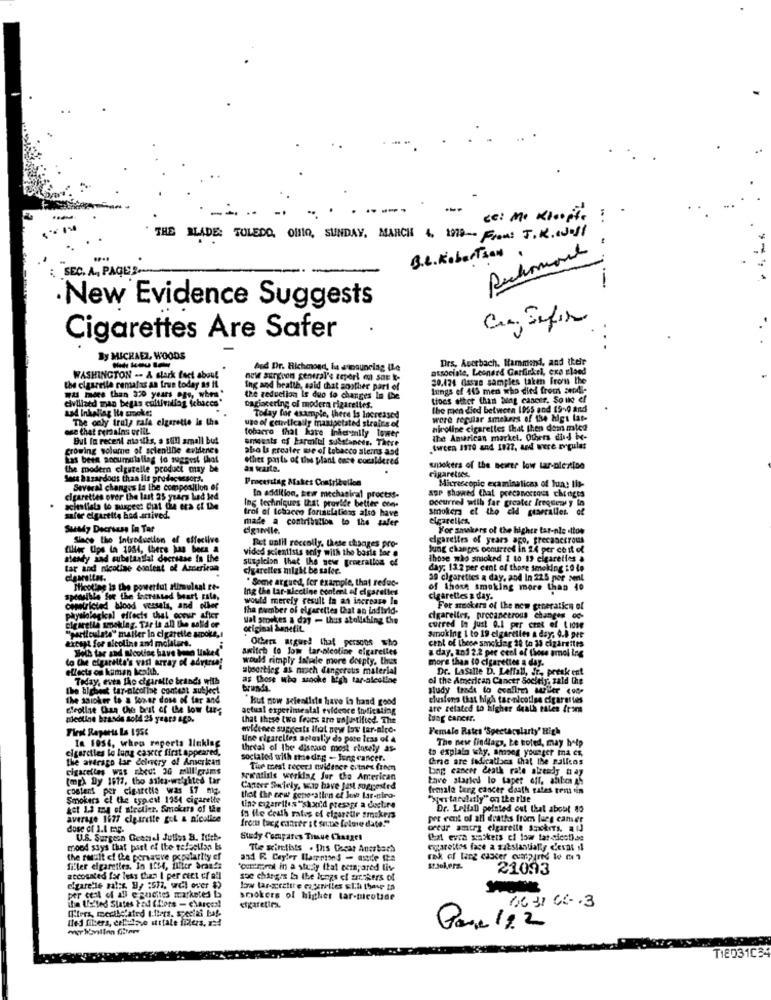
-
ce: Me Kloopt !
THE BLADE: TOLEDO, 0110, SUNDAY, MARCH 1. 1978- From: J.K. well
B.L. Robertson
SEC. A ., PAGESS.
New Evidence Suggests
Cigarettes Are Safer
By MICHAEL, WOODS
Drs, Auerbach, Hammond, and their
And Dir. Richmond, la sumaunelag ILc
associate, Leonard Garfinkel, exo zlaed
WASHINGTON -- & slark feet about
nowe surgron sentral's tepori mus sar k-
20.124 Gssze samples taken From the
the cigarelle remafas an true today as it
Was more than 320 years ogs, when "
Ing and bratte, said that soother part of
art of
lungs of 445 men who died from andl-
elvillard man began esitivillog (chaces"
the reduction le duo fo changes In the
tioes other than bing cancer. Soud ef
234 Inhaling He smoke;
oagiscering of modera rigarettes.
the men died between 1955 and 19-0 and
The only truly rafa elgarette is the
use of cetretically inanipetated straits of
Today for example, there Is Increased
were regular smokers of the higt lat-
Me that rersalas orliL
tobacro that kate inhervilly lower
nicoline cigarettes that then dem mica
Bul In recent atastis, a soll small but
amounts of harmlul substances. There
the American market. Others did He-
growing volume of scientific evidence
abo la greater we of tobacco steins aod
twcen 1970 and 1927, and were regular
Las been pocumulallag to suggest that
other parts of the plant once considered
the modern cigarelle product may be
as kaite.
cigarettes
wpokers of the seirer low tar-plextion
Izardous than ils prodacsesors.
Processing Makes Contribellos
Several changes la the composition of
sup showed that precancerous changes
Microscopic examinaticas of fun! Ils-
cigarettes over the last 25 years Led led
In addition, sew mechanical process.
occurred wilh far greater Frequent y in
lng techniques that provide better con-
trof of tobacco foriaulations also have
smokers el tho eld generalles of
safte elgartite had arrived.
made a contribution to the safer
elgarelles,
Suady Decrease In Tar
For amakers of the higher tar-nie .tton
Siace the Introduction of effective
cigarettes of years ago, precancerous
Aller Ups to 1954, there has been a
vides scientists only with the basis for a
Det unlil reccolly, these changes pro-
Jung changes oonurres in 24 per cent of
steady and subetanilat decrease in the
he new generation of
those who smoked 2 to 19 cigarettes a
tar and nicotine content of American
cigarettes might be safer.
day: 13.2 per cent of those smoking io lo
. Some argued, for example, that reduc-
39 cigarettes a day, and In 225 por sel
Nicotine is the powerful stimulsal te-
Ing the lar-alecline contel el cigarettes
of those smoking more than 40
would merely result in an increase In
cigarettes & day.
censtricted blood vessels, and olber
physiolegk
the number of elgaretles Chat an individ-
For sockers of the new generation of
cigarette smoking. Tar is all the solid or
Paskal effects thel coeur after
wal stookes a day - thus atollahing the
cigarelles, precancerous changes oc-
"particulate" mailer lo cigarette smoke,
original benefit
curred In just 0.1 per cent of L 1de
Except for nicoline and molature.
Others argued that persons who
smoking 1 to 19 cigarettes a day. 0.8 per
cent of these smoking 28 to 39 cigarettes
Both tar and nicoline have been linked"
awitch to Jom tar-nicotine elgarelles
a day, and 2.2 per cent of those arnol ing
to Che cigarette's vad array of adverse!
would rimply intede more dospty, thus
more than to cigarettes a day.
effects on human health.
abeerting as musch dangerous material
Dr. Lasalle D. Leffall, Jr, preak ent
Today, evta the cigarette brands with
as those who smoke high tar-alesline
of the American Cancer Society, zald Che
the highest tar-nicoline contest subject
brunda.
study trods to ecallin sarler cone
the saioker to a lower dose of far and
"But now scientists have in hand good
clusions that high tar-nicotine cigarettes
Efrollae Chas Che brit of the low tur;
actual experimental evidence Indicating
are related to higher death tales from
nicoline brasde sold 25 years ago.
that these two frees are unjustified The
lung cancer.
First Reports La 1956
evidence suggests that new lov tar-nice-
Female Rates 'Spectacularty' High
In 1956, when reports linking
Une rigarelles actually do pore leas of 4
cigarettes lo lung caxtr first appeared,
threal of the distase most rincely as-
to explain why, among younger ma es,
The new findlags, te toled, may help
the avdrago lar delevery of American
socialod with stedag - Jung cancer.
Cre are fadicalles that the gallens
cigarettes was ched: 30 milligrams
Tiur moest recer] evidence citaes from
Lung cancer death rate already tiay
(mp) Dy 1617, tho asks-weighted tar
sriratisis working Jur the American
tave started lo taper off. altbor gh
content per cigarctie was 57 mg.
Career Safely, who have Just suggested
female tung cancer daath gates pests tin
Smokers el the spell 1954 cigarette
that the cow generation of love tar-tira-
"Non tarcharly" on the rise
got 1.3 zą of nieeline. Smokers of the
tine cigarriles "shand presogr a dustre
Dr. Leliall pointed out that about 40
average 1977 cigarette gol & nicalice
Is ile ceath rates of elgaratir smokers
pot eet of all deaths from lueg camer
dose of 1.1 mag.
from taeg cadrer ; t sene felme date!"
cedr amtry elgareite Smokers, aiJ
U.S. Surgeon Geassel Jutles B. Itt-
Study Compares Tissue Changes
that evra gaskets cl low lar-sicet)se
mood says that past ef Ite tefeellan Es
The wirtists . Ihs Cocar Anestars
entarottos face a substantially c'evas il
the realt cf lhe persauve popularity of
and R. Ceyler llamases - ande tte
rak of Lang cascer compre Io (1
filler elgaretles. In 1154, filter bran !!
"controrol in a study Ital cem; ared live
21093
accounted for less than I per cent of all
soe changes la the lungs ef zarckers of
cigare'le sales 9, : 572, wdl over $)
per cent of all egneites marketed La
smokers of higher tar-ticotide
iha United States Pod (Lors - charges!
Ilers, merbelated t.fters, special baf-
eikaretira.
16 31 6L . 3
lled filters, cellulose statale filers, x=d
Para 182
TIED31C34